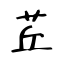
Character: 茊